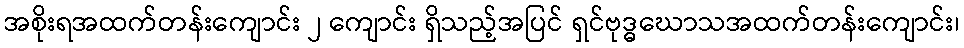
အစိုးရအထက်တန်းကျောင်း ၂ ကျောင်း ရှိသည့်အပြင် ရှင်ဗုဒ္ဓဃောသအထက်တန်းကျောင်း၊